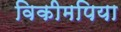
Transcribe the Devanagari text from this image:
विकीमपिया